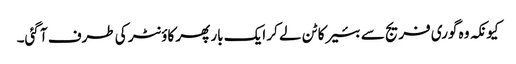
کیونکہ وہ گوری فریج سے بئیر کا ٹن لے کر ایک بار پھر کاؤنٹر کی طرف آ گئی۔